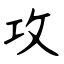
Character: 攻